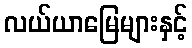
လယ်ယာမြေများနှင့်